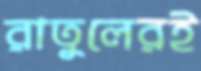
রাতুলেরই